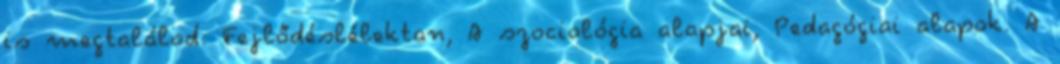
is megtalálod: Fejlődéslélektan, A szociológia alapjai, Pedagógiai alapok. A